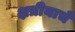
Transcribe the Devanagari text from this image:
क्षत्रीयाचे